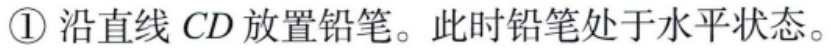
\textcircled{1}沿直线 \(CD\) 放置铅笔。此时铅笔处于水平状态。